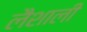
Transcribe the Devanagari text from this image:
लैशाली